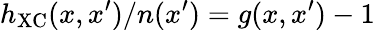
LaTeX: h_{\mathrm{XC}}(x,x^{\prime})/n(x^{\prime})=g(x,x^{\prime})-1